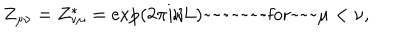
Z _ { \mu \nu } = Z _ { \nu \mu } ^ { * } = \exp \left( 2 \pi i / L \right) \mathrm { ~ f o r } \mu < \nu ,